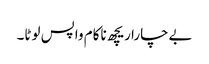
بےچارا ریچھ ناکام واپس لوٹا۔